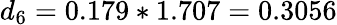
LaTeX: d_{6}=0.179*1.707=0.3056